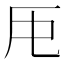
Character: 𠨰